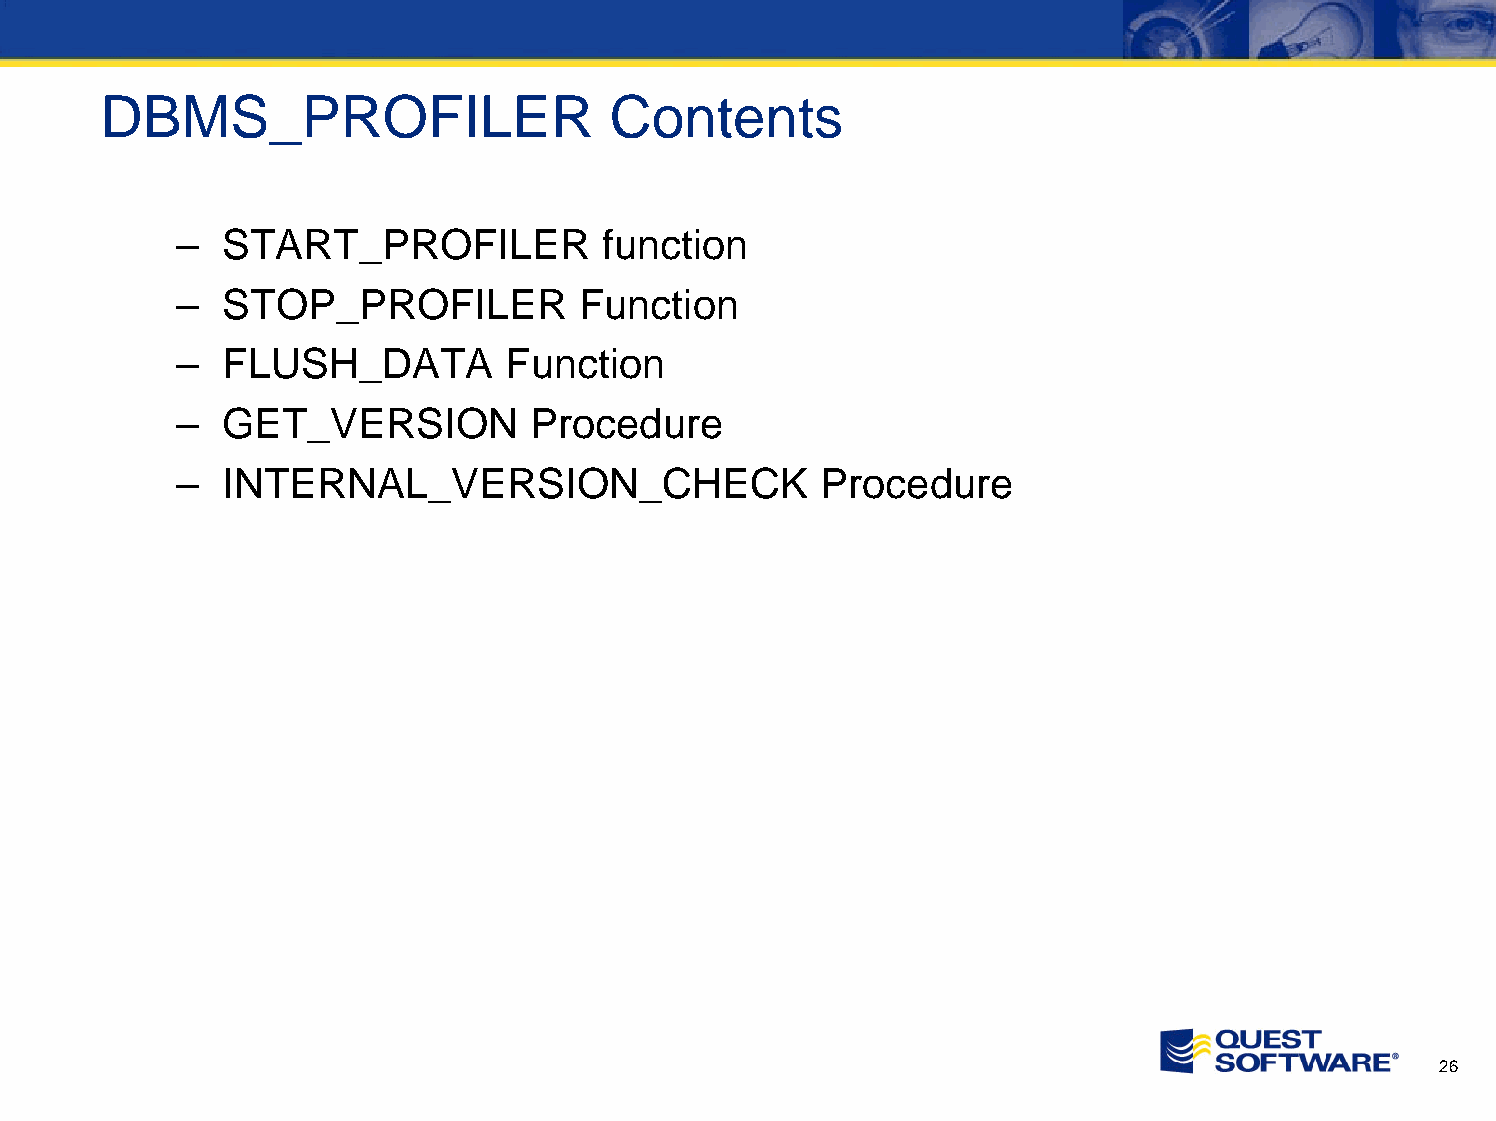
DBMS_PROFILER                    Contents
 –  START_PROFILER           function
 –  STOP_PROFILER          Function
 –  FLUSH_DATA         Function
 –  GET_VERSION         Procedure
 –  INTERNAL_VERSION_CHECK                 Procedure
 26